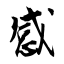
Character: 感